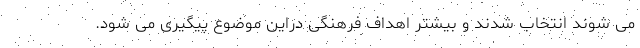
می شوند انتخاب شدند و بیشتر اهداف فرهنگی دراین موضوع پیگیری می شود.